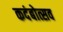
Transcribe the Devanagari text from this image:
कदंबोत्सव